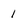
Character: l